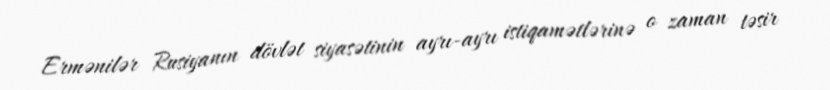
Ermənilər Rusiyanın dövlət siyasətinin ayrı-ayrı istiqamətlərinə o zaman təsir